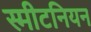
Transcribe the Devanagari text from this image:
स्मीटनियन